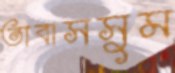
তাবাসসুম